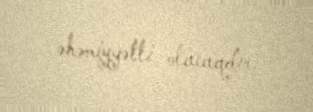
əhəmiyyətli olacaqdır.